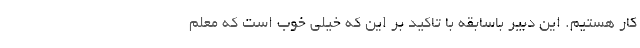
کار هستیم. این دبیر باسابقه با تاکید بر این که خیلی خوب است که معلم